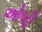
ઓબી